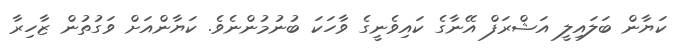
ކަޔާން ބަލައިލީ އަޝްރަފް އޭނާގެ ކައިވެނީގެ ވާހަކަ ބުނުމުންނެވެ. ކަޔާންއަށް ވަގުތުން ޒާހިރާ